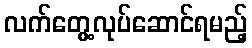
လက်တွေ့လုပ်ဆောင်ရမည့်